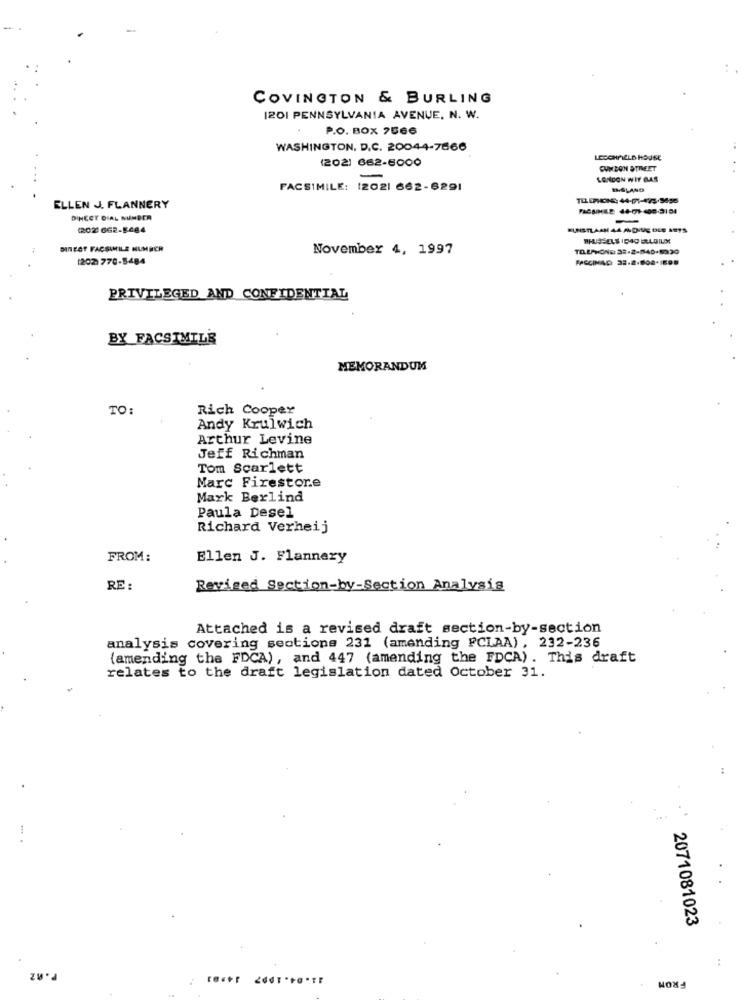
COVINGTON & BURLING
1201 PENNSYLVANIA AVENUE, N. W.
P.O. BOX 7566
WASHINGTON, D.C. 20044-7666
(202) 662-6000
LESCHFIELD HOUSE
CUM BON STREET
-
LONDON WIT GAS
FACSIMILE: 12021 662-6291
BISLANG
ELLEN J. FLANNERY
DIHECT DIAL NUMBER
(202 662-8484
KUNSTLAAN 44 ANDIVE DLE 1975
BRUSSELS IDAD BELGIUM
DINECT FACSIMILE NUMBER
November 4, 1997
1202)770-5484
FASCINADI 33.2-808-898
PRIVILEGED AND CONFIDENTIAL
BY FACSIMILE
MEMORANDUM
TO:
Rich Cooper
Andy Krulwich
Arthur Levine
Jeff Richman
Tom Scarlett
Marc Firestore
Mark Berlind
Paula Desel
Richard Verheij
FROM:
Ellen J. Flannery
RE :
Revised Section-by-Section Analysis
Attached is a revised draft section-by-section
analysis covering sections 231 (amending FCLAA), 232-236
(amending the FDCA), and 447 (amending the FDCA). This draft
relates to the draft legislation dated October 31.
2071081023
P.R2
FROM